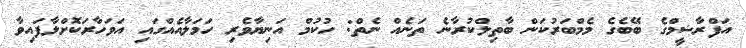
އަފްރާޝީމްގެ ބޭބެގެ މެމްބަރުކަން ބާތިލްކުރާނެ ތަނެއް ނެތް: ހުކުމް އަނިޔާވެރި ހަމަލާއެއްގައި އަވަހާރަކޮށްލާފައިވާ